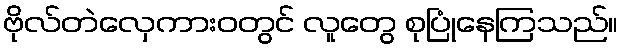
ဗိုလ်တဲလှေကားဝတွင် လူတွေ စုပြုံနေကြသည်။